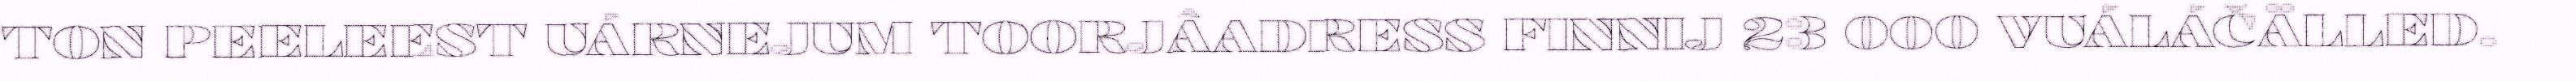
TON PEELEEST UÁRNEJUM TOORJÂADRESS FINNIJ 23 000 VUÁLÁČÄLLED.